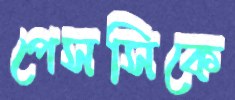
পেসসিকে